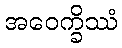
အဝေက္ခိဿံ